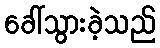
ခေါ်သွားခဲ့သည်